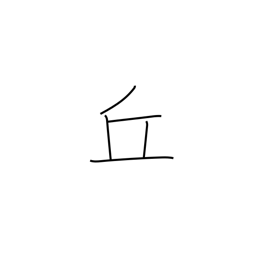
Meaning: hill